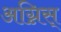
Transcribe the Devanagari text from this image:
अग्निस्